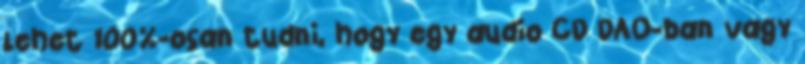
lehet 100%-osan tudni, hogy egy audio CD DAO-ban vagy